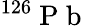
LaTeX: ^{126}\mathrm{~P~b~}